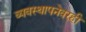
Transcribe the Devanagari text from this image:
व्यवस्थापनेवरही